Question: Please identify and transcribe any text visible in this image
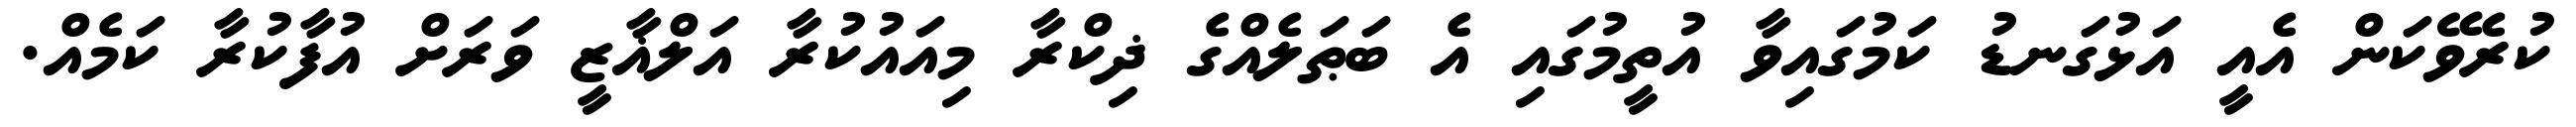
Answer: ކުރެވޭކަން އެއީ އަޅުގަނޑު ކަމުގައިވާ އުތީމުގައި އެ ބަޠަލެއްގެ ޛިކްރާ މިއައުކުރާ އަލްޣާޒީ ވަރަށް އުފާކުރާ ކަމެއް.